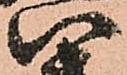
八